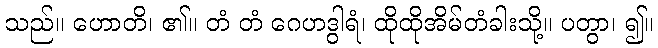
သည်။ ဟောတိ၊ ၏။ တံ တံ ဂေဟဒွါရံ၊ ထိုထိုအိမ်တံခါးသို့။ ပတွာ၊ ၍။